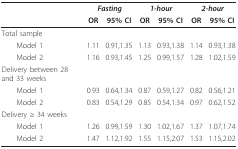
<table><thead><tr><td></td><td colspan="2"><b><i>Fasting</i></b></td><td colspan="2"><b><i>1-hour</i></b></td><td colspan="2"><b><i>2-hour</i></b></td></tr><tr><td></td><td><b>OR</b></td><td><b>95% CI</b></td><td><b>OR</b></td><td><b>95% CI</b></td><td><b>OR</b></td><td><b>95% CI</b></td></tr></thead><tbody><tr><td>Total sample</td><td></td><td></td><td></td><td></td><td></td><td></td></tr><tr><td> Model 1</td><td>1.11</td><td>0.91,1.35</td><td>1.13</td><td>0.93,1.38</td><td>1.14</td><td>0.93,1.38</td></tr><tr><td> Model 2</td><td>1.16</td><td>0.93,1.45</td><td>1.25</td><td>0.99,1.57</td><td>1.28</td><td>1.02,1.59</td></tr><tr><td>Delivery between 28 and 33 weeks</td><td></td><td></td><td></td><td></td><td></td><td></td></tr><tr><td> Model 1</td><td>0.93</td><td>0.64,1.34</td><td>0.87</td><td>0.59,1.27</td><td>0.82</td><td>0.56,1.21</td></tr><tr><td> Model 2</td><td>0.83</td><td>0.54,1.29</td><td>0.85</td><td>0.54,1.34</td><td>0.97</td><td>0.62,1.52</td></tr><tr><td>Delivery ≥ 34 weeks</td><td></td><td></td><td></td><td></td><td></td><td></td></tr><tr><td> Model 1</td><td>1.26</td><td>0.99,1.59</td><td>1.30</td><td>1.02,1.67</td><td>1.37</td><td>1.07,1.74</td></tr><tr><td> Model 2</td><td>1.47</td><td>1.12,1.92</td><td>1.55</td><td>1.15,2.07</td><td>1.53</td><td>1.15,2.02</td></tr></tbody></table>